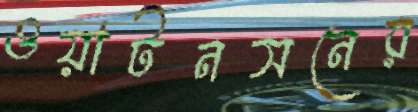
ওয়াটনসনের